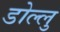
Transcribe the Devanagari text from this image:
डोल्लु